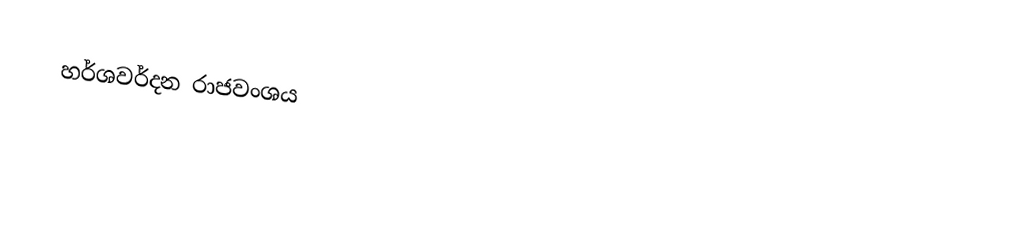
හර්ශවර්දන රාජවංශය